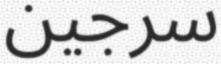
سرجين